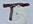
Text: T